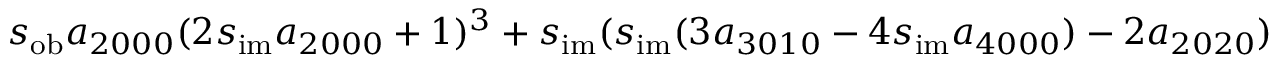
s _ { \mathrm { o b } } a _ { 2 0 0 0 } ( 2 s _ { \mathrm { i m } } a _ { 2 0 0 0 } + 1 ) ^ { 3 } + s _ { \mathrm { i m } } ( s _ { \mathrm { i m } } ( 3 a _ { 3 0 1 0 } - 4 s _ { \mathrm { i m } } a _ { 4 0 0 0 } ) - 2 a _ { 2 0 2 0 } )